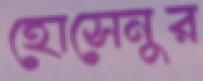
হোসেনুর